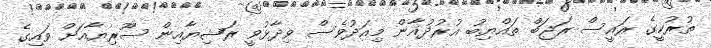
ތުރުކީގެ ރައީސް ރަޖަބް ތައްޔިބު އުރުދުޣާން މިއަދުވެސް ވިދާޅުވީ ރަޝިޔާއިން ސޫރިޔާއަށް ވައިގެ